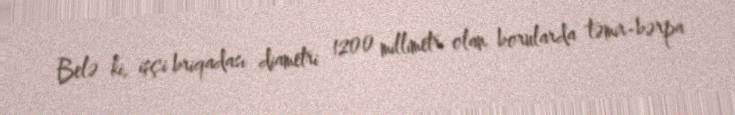
Belə ki, işçi briqadası diametri 1200 millimetr olan borularda təmir-bərpa